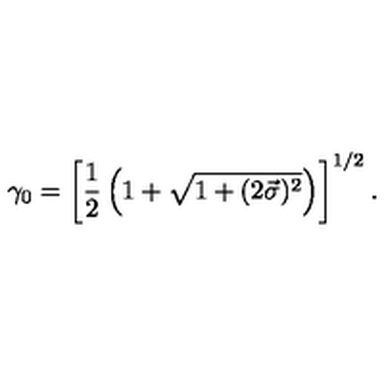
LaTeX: \gamma _ { 0 } = \left[ \frac { 1 } { 2 } \left( 1 + \sqrt { 1 + ( 2 \vec { \sigma } ) ^ { 2 } } \right) \right] ^ { 1 / 2 } .